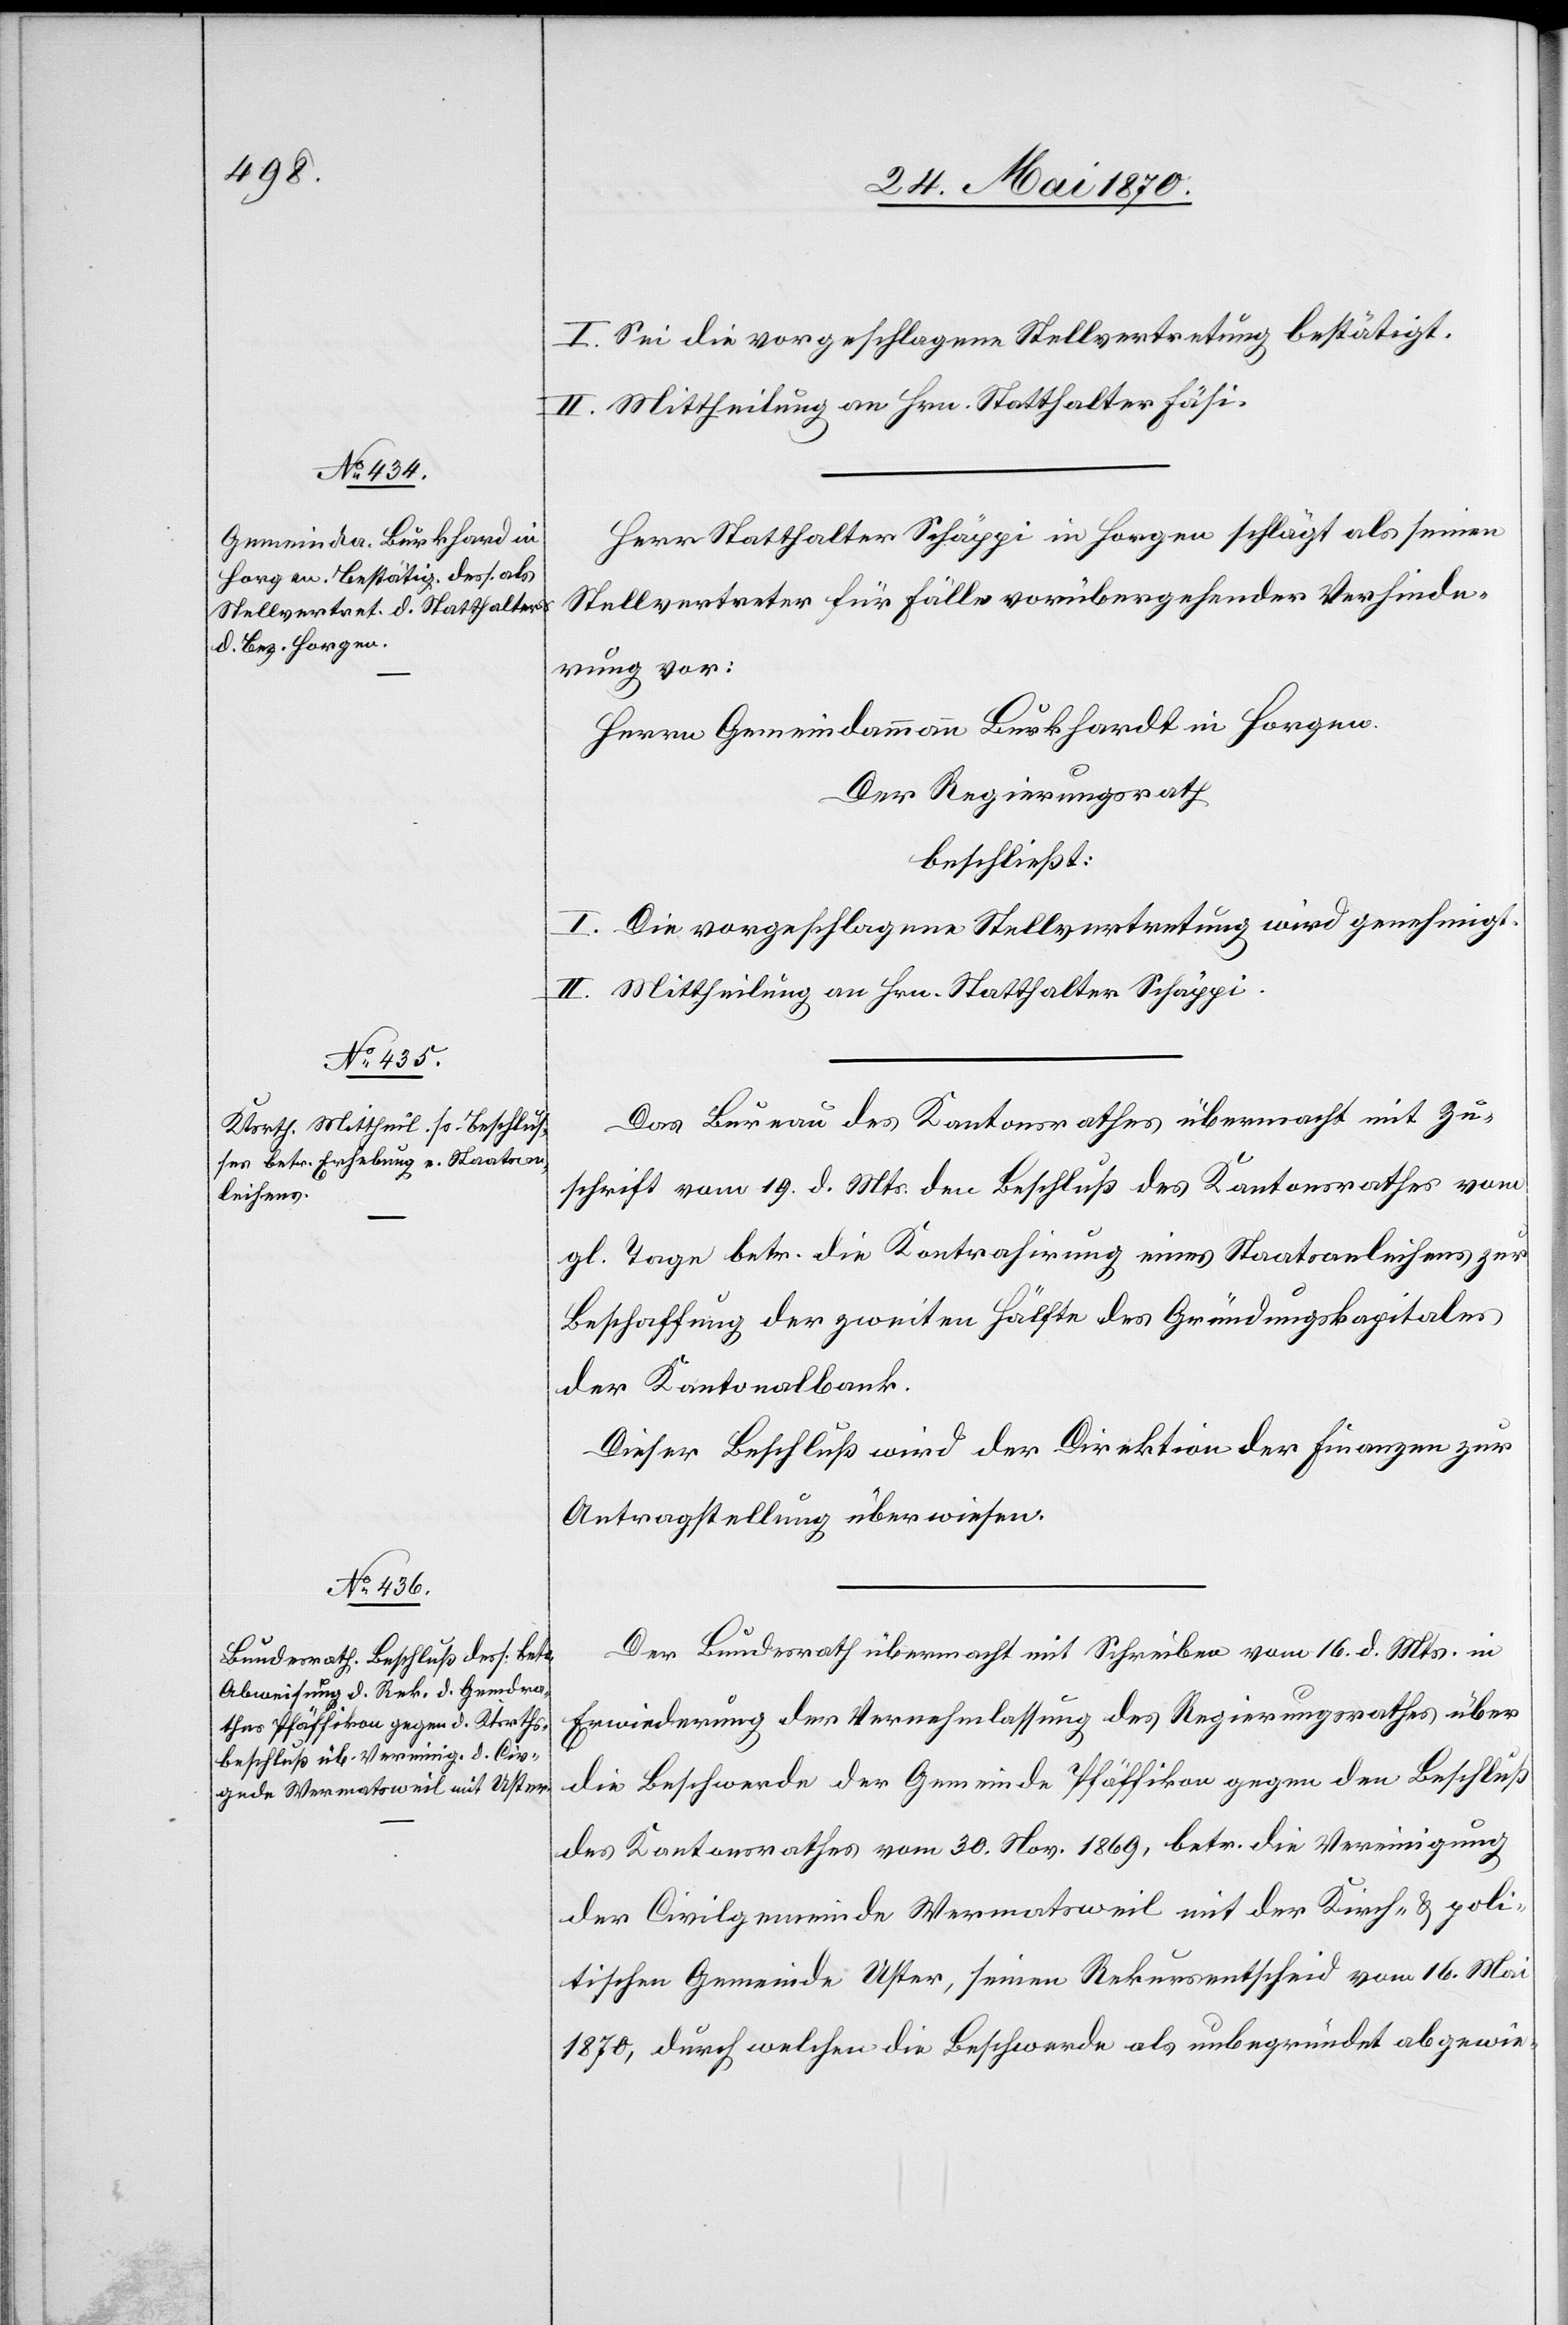
I. Sei die vorgeschlagene Stellvertretung bestätigt.
II. Mittheilung an Hrn. Statthalter Fäsi.
Herr Statthalter Schäppi in Horgen schlägt als seinen
Stellvertreter für Fälle vorübergehender Verhinde¬
rung vor:
Herrn Gemeindammann Burkhardt in Horgen[.]
Der Regierungsrath
beschließt:
I. Die vorgeschlagene Stellvertretung wird genehmigt.
II. Mittheilung an Hrn. Statthalter Schäppi.
Das Bureau des Kantonsrathes übermacht mit Zu¬
schrift vom 19. d. Mts. den Beschluß des Kantonsrathes vom
gl. Tage betr. die Kontrahirung eines Staatsanleihens zur
Beschaffung der zweiten Hälfte des Gründungskapitales
der Kantonalbank.
Dieser Beschluß wird der Direktion der Finanzen zur
Antragstellung überwiesen.
Der Bundesrath übermacht mit Schreiben vom 16. d. Mts. in
Erwiederung der Vernehmlassung des Regierungsrathes über
die Beschwerde der Gemeinde Pfäffikon gegen den Beschluß
des Kantonsrathes vom 30. Nov. 1869, betr. die Vereinigung
der Civilgemeinde Wermatsweil mit der Kirch- & poli¬
tischen Gemeinde Uster, seinen Rekursentscheid vom 16. Mai
1870, durch welchen die Beschwerde als unbegründet abgewie-